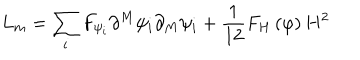
L _ { m } = \sum _ { i } F _ { \psi _ { i } } \partial ^ { M } \psi _ { i } \partial _ { M } \psi _ { i } + \frac 1 { 1 2 } F _ { H } \left( \varphi \right) H ^ { 2 }